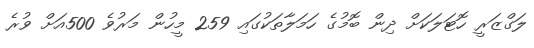
ލަގްޒަރީ ހޮޓަލަކަށް ދިން ބޮމުގެ ހަމަލާތަކުގައި 259 މީހުން މަރުވެ 500އަށް ވުރެ